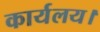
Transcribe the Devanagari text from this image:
कार्यलय।